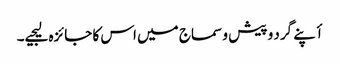
أپنے گرد و پیش و سماج میں اس کا جائزہ لیجیے۔